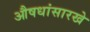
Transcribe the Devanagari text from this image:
औषधांसारखे